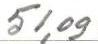
51,09